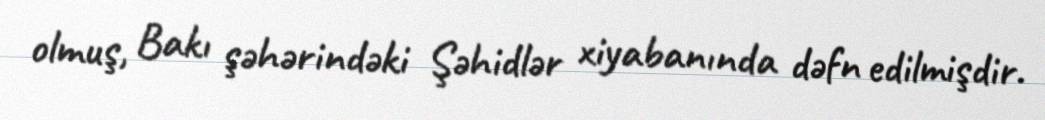
olmuş, Bakı şəhərindəki Şəhidlər xiyabanında dəfn edilmişdir.